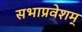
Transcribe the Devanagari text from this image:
सभाप्रवेशम्